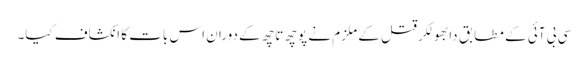
سی بی آئی کے مطابق دابھولکر قتل کے ملزم نے پوچھ تاچھ کے دوران اس بات کا انکشاف کیا۔